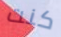
كنت